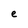
Character: e